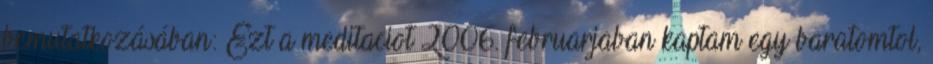
bemutatkozásában: Ezt a meditaciot 2006. februarjaban kaptam egy baratomtol,